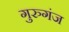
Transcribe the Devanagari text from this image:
गुरुगंज